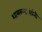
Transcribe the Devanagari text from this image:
शामळदासांनी